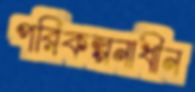
পরিকল্পনাধীন